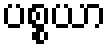
ပစ္စယာ